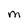
Character: M